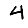
Digit: 4